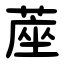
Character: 蓙